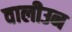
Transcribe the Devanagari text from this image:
वालीउन